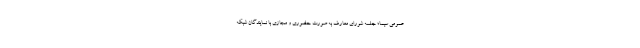
عمومی سیما؛ جلسه شورای معارف به صورت حضوری و مجازی با نمایندگان شبکه